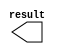
// megafunction wizard: %LPM_CONSTANT%VBB%
// GENERATION: STANDARD
// VERSION: WM1.0
// MODULE: lpm_constant 

// ============================================================
// Megafunction Name(s):
// 			lpm_constant
//
// Simulation Library Files(s):
// 			lpm
// ============================================================
// ************************************************************
// THIS IS A WIZARD-GENERATED FILE. DO NOT EDIT THIS FILE!
//
// 9.0 Build 132 02/25/2009 SJ Web Edition
// ************************************************************

//Copyright (C) 1991-2009 Altera Corporation
//Your use of Altera Corporation's design tools, logic functions 
//and other software and tools, and its AMPP partner logic 
//functions, and any output files from any of the foregoing 
//(including device programming or simulation files), and any 
//associated documentation or information are expressly subject 
//to the terms and conditions of the Altera Program License 
//Subscription Agreement, Altera MegaCore Function License 
//Agreement, or other applicable license agreement, including, 
//without limitation, that your use is for the sole purpose of 
//programming logic devices manufactured by Altera and sold by 
//Altera or its authorized distributors.  Please refer to the 
//applicable agreement for further details.

module all_one_const (
	result);

	output	[15:0]  result;

endmodule

// ============================================================
// CNX file retrieval info
// ============================================================
// Retrieval info: PRIVATE: INTENDED_DEVICE_FAMILY STRING "Stratix II"
// Retrieval info: PRIVATE: JTAG_ENABLED NUMERIC "0"
// Retrieval info: PRIVATE: JTAG_ID STRING "NONE"
// Retrieval info: PRIVATE: Radix NUMERIC "2"
// Retrieval info: PRIVATE: SYNTH_WRAPPER_GEN_POSTFIX STRING "0"
// Retrieval info: PRIVATE: Value NUMERIC "65535"
// Retrieval info: PRIVATE: nBit NUMERIC "16"
// Retrieval info: CONSTANT: LPM_CVALUE NUMERIC "65535"
// Retrieval info: CONSTANT: LPM_HINT STRING "ENABLE_RUNTIME_MOD=NO"
// Retrieval info: CONSTANT: LPM_TYPE STRING "LPM_CONSTANT"
// Retrieval info: CONSTANT: LPM_WIDTH NUMERIC "16"
// Retrieval info: USED_PORT: result 0 0 16 0 OUTPUT NODEFVAL result[15..0]
// Retrieval info: CONNECT: result 0 0 16 0 @result 0 0 16 0
// Retrieval info: LIBRARY: lpm lpm.lpm_components.all
// Retrieval info: GEN_FILE: TYPE_NORMAL all_one_const.v TRUE
// Retrieval info: GEN_FILE: TYPE_NORMAL all_one_const.inc TRUE
// Retrieval info: GEN_FILE: TYPE_NORMAL all_one_const.cmp FALSE
// Retrieval info: GEN_FILE: TYPE_NORMAL all_one_const.bsf TRUE FALSE
// Retrieval info: GEN_FILE: TYPE_NORMAL all_one_const_inst.v FALSE
// Retrieval info: GEN_FILE: TYPE_NORMAL all_one_const_bb.v TRUE
// Retrieval info: LIB_FILE: lpm